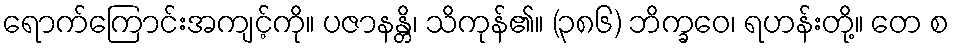
ရောက်ကြောင်းအကျင့်ကို။ ပဇာနန္တိ၊ သိကုန်၏။ (၃၈၆) ဘိက္ခဝေ၊ ရဟန်းတို့။ တေ စ